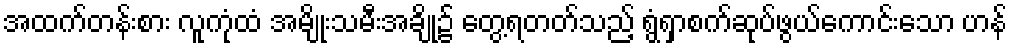
အထက်တန်းစား လူကုံထံ အမျိုးသမီးအချို့၌ တွေ့ရတတ်သည့် ရွံရှာစက်ဆုပ်ဖွယ်ကောင်းသော ဟန်